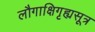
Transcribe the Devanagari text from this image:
लौगाक्षिगृह्यसूत्र